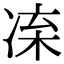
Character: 𠗛